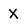
Character: X